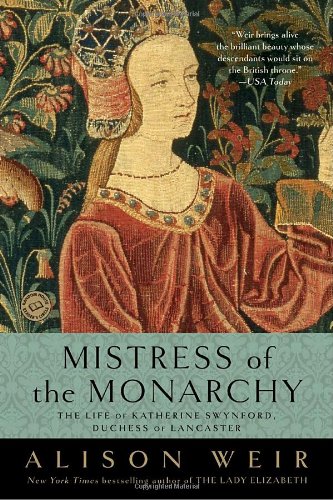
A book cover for Mistress of the Monarchy: The Life of Katherine Swynford, Duchess of Lancaster; Alison Weir; Biographies & Memoirs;